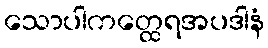
သောပါကတ္ထေရအပဒါနံ